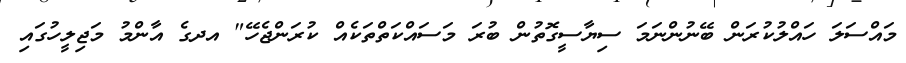
މައްސަލަ ހައްލުކުރަން ބޭނުންނަމަ ސިޔާސީގޮތުން ބުރަ މަސައްކަތްތަކެއް ކުރަންޖެހޭ" އދގެ އާންމު މަޖިލީހުގައި